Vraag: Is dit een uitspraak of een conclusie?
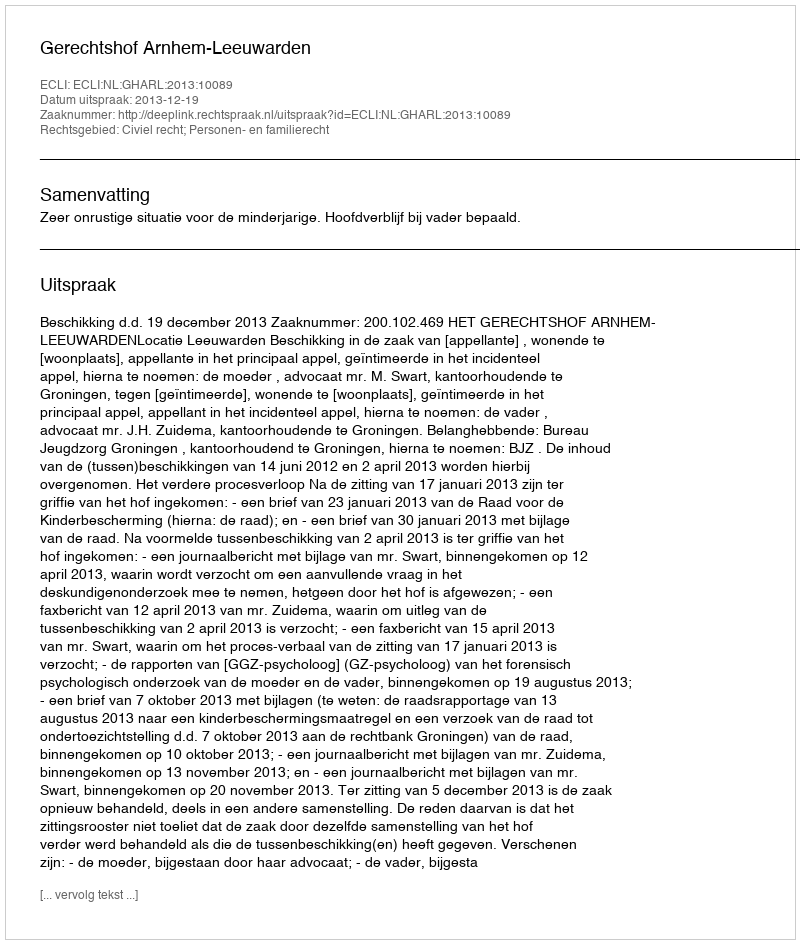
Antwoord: Uitspraak